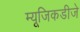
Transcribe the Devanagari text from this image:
म्यूजिकडीजे